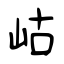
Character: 岵